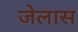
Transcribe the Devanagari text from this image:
जेलास